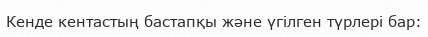
Кенде кентастың бастапқы және үгілген түрлері бар: